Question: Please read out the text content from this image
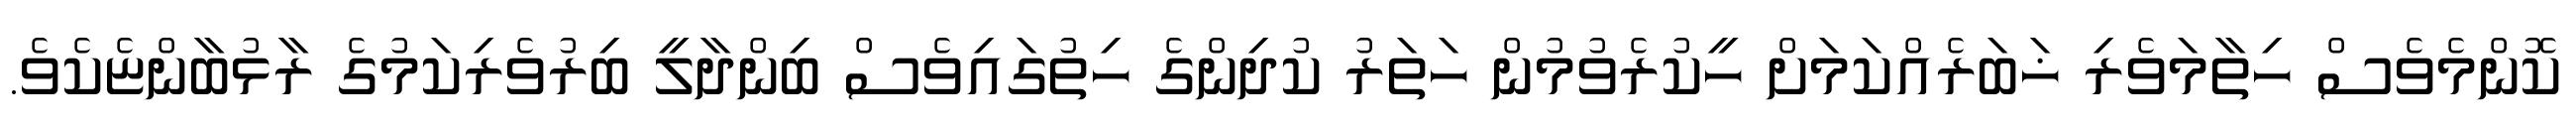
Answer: ކޮންމެވެސް ހިތާމަވެރި ޚަބަރެއްކަމަށް ހީކުރެވުމުން ހަތަރު ކުދިންގެ ހިތުގައިވެސް ބިންދާލީ ބިރުވެރިކަމުގެ ރާޅުބާންޏެކެވެ.